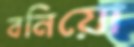
বনিয়ো